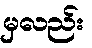
မှလည်း